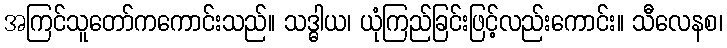
အကြင်သူတော်ကကောင်းသည်။ သဒ္ဓါယ၊ ယုံကြည်ခြင်းဖြင့်လည်းကောင်း။ သီလေနစ၊